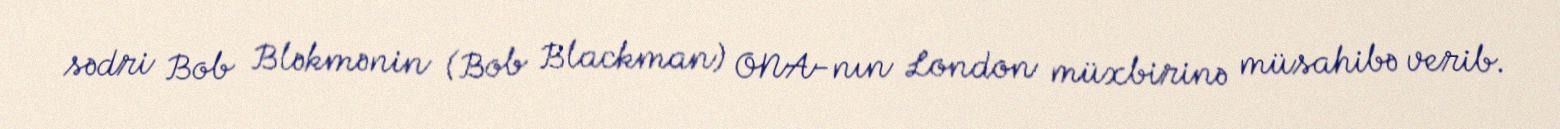
sədri Bob Bləkmənin (Bob Blackman) ONA-nın London müxbirinə müsahibə verib.